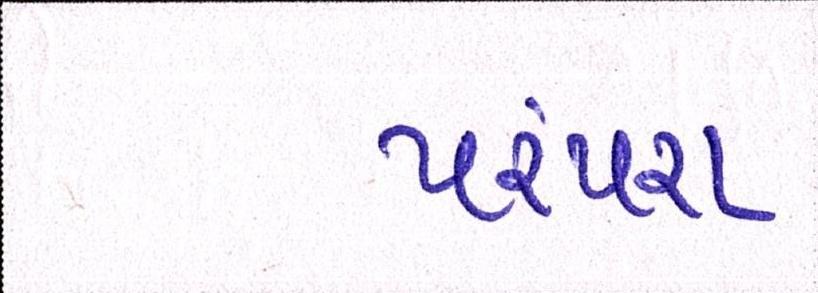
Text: પરંપરા